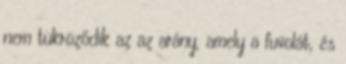
nem tükröződik az az arány, amely a fuvolát, és